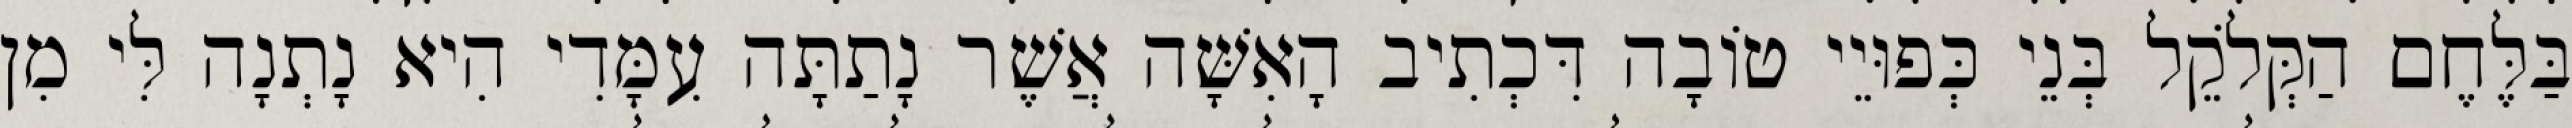
בַּלֶּחֶם הַקְּלֹקֵל בְּנֵי כְּפוּיֵי טוֹבָה דִּכְתִיב הָאִשָּׁה אֲשֶׁר נָתַתָּה עִמָּדִי הִיא נָתְנָה לִּי מִן